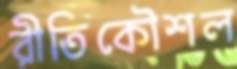
রীতিকৌশল